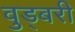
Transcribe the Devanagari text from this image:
वुड्बरी